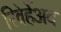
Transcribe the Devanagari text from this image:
रिवेर्हेअद